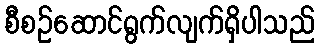
စီစဉ်ဆောင်ရွက်လျက်ရှိပါသည်